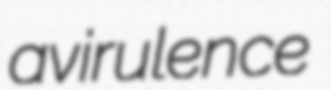
avirulence